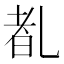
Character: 𪜕